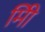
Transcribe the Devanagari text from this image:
मिी